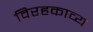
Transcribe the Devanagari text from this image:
विरहकाव्य